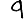
Digit: 9